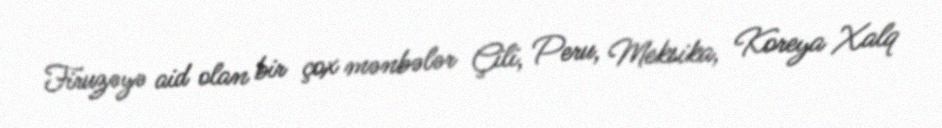
Firuzəyə aid olan bir çox mənbələr Çili, Peru, Meksika, Koreya Xalq